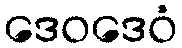
ဒေဝဒေဝံ